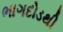
ભાગદોડથી